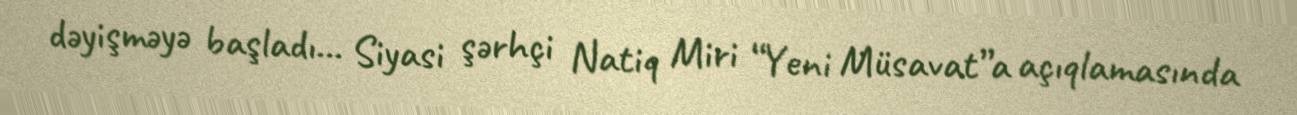
dəyişməyə başladı... Siyasi şərhçi Natiq Miri “Yeni Müsavat”a açıqlamasında